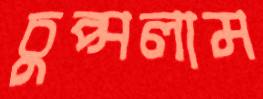
চুপ্‌সলাম